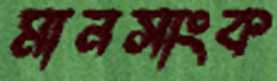
মানসাংক